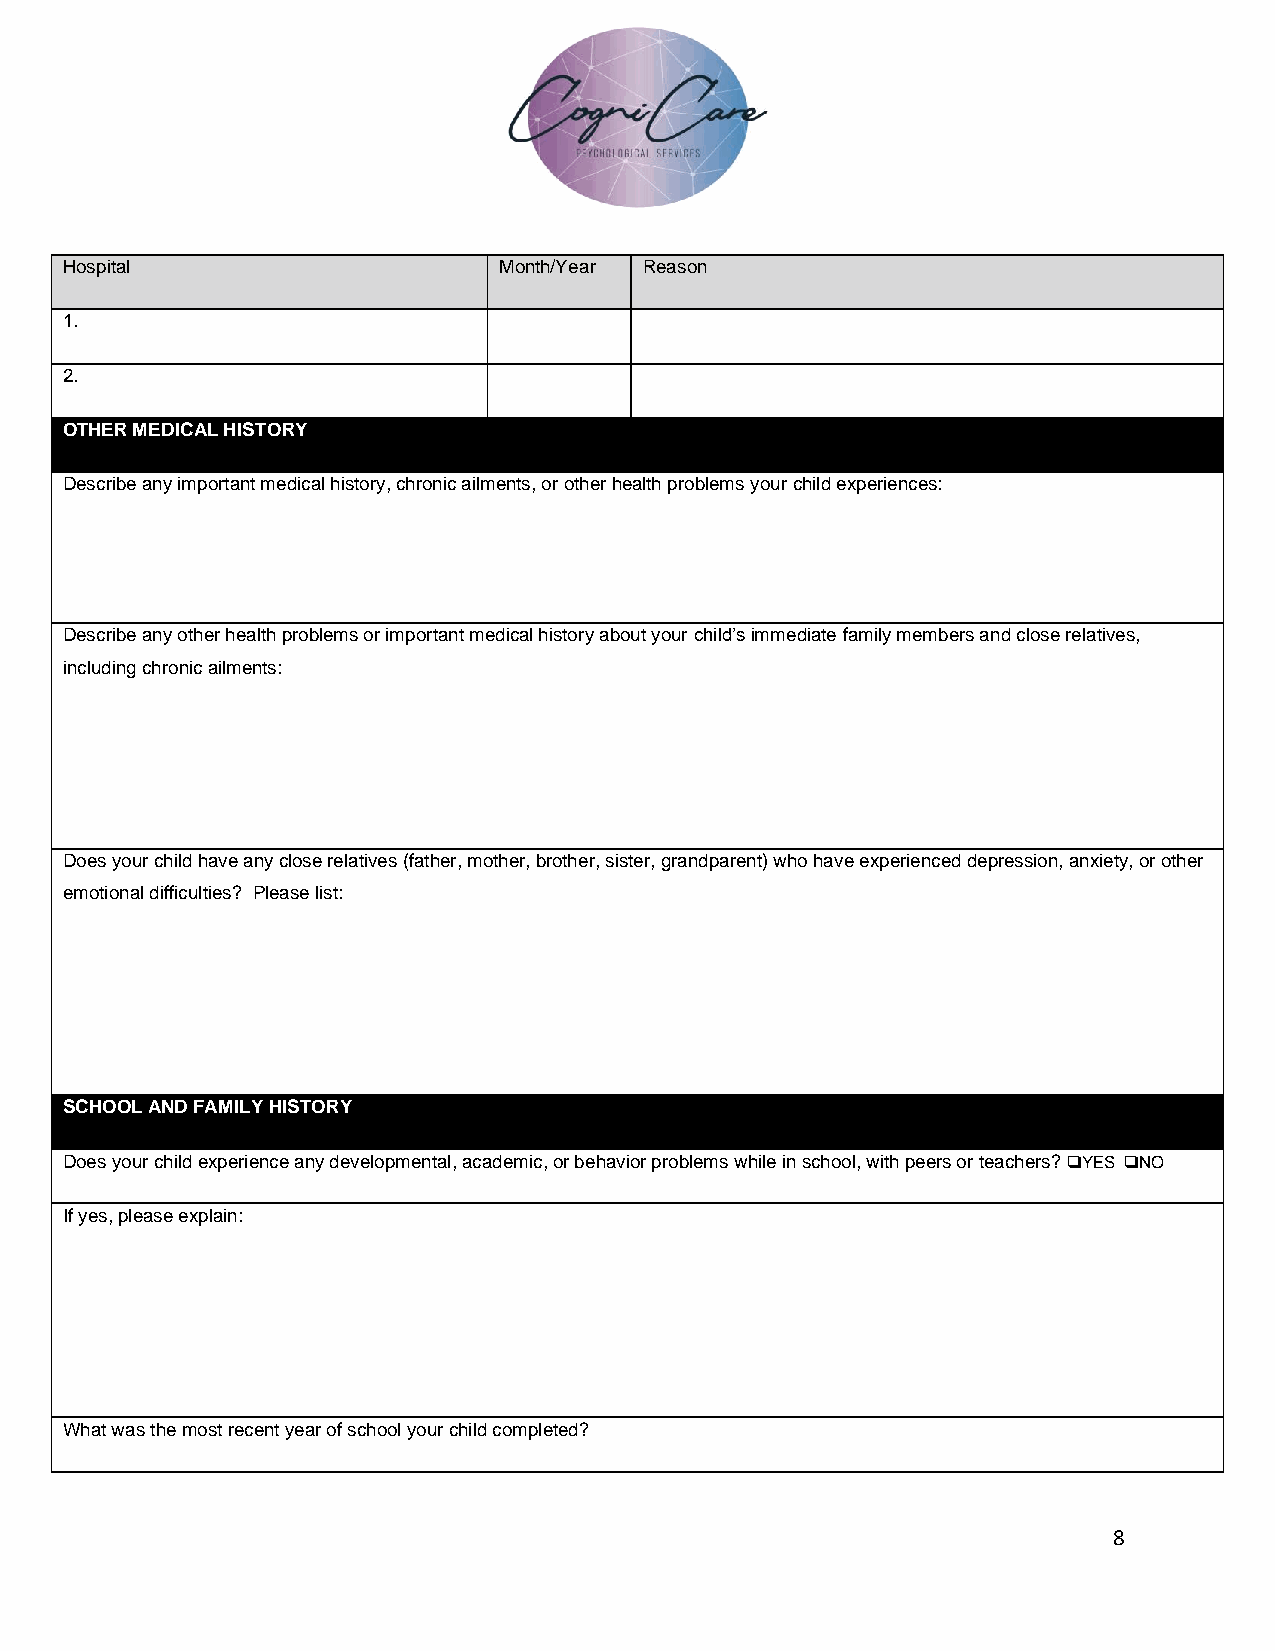
Hospital                     Month/Year Reason
 1.
 2.
 OTHER MEDICAL HISTORY
 Describe any important medical history, chronic ailments, or other health problems your child experiences:
 Describe any other health problems or important medical history about your child’s immediate family members and close relatives,
 including chronic ailments:
 Does your child have any close relatives (father, mother, brother, sister, grandparent) who have experienced depression, anxiety, or other
 emotional difficulties? Please list:
 SCHOOL AND FAMILY HISTORY
 Does your child experience any developmental, academic, or behavior problems while in school, with peers or teachers? ❑YES ❑NO
 If yes, please explain:
 What was the most recent year of school your child completed?
 8